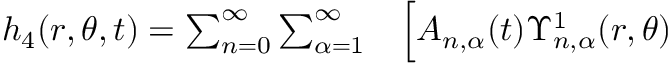
\begin{array} { r l } { h _ { 4 } ( r , \theta , t ) = \sum _ { n = 0 } ^ { \infty } \sum _ { \alpha = 1 } ^ { \infty } } & { { } \Big [ A _ { n , \alpha } ( t ) \Upsilon _ { n , \alpha } ^ { 1 } ( r , \theta ) } \end{array}